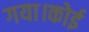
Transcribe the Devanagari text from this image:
गया।कोई